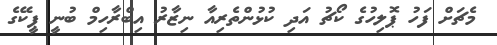
މެޗަށް ފަހު ޕޮލިހުގެ ކޯޗު އަދި ކުޅުންތެރިއާ ނިޒާރު އިބްރާހިމް ބުނީ ޕީކޭގެ